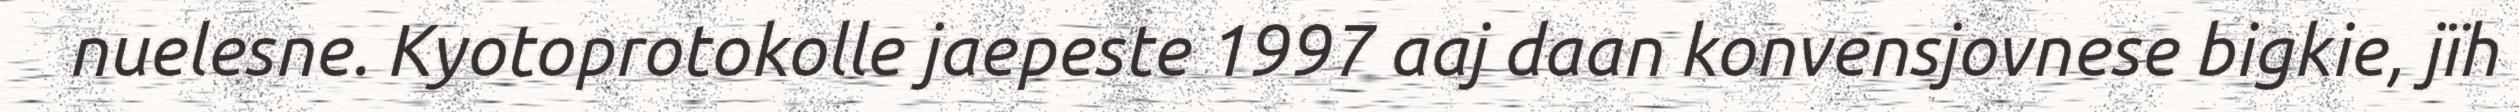
nuelesne. Kyotoprotokolle jaepeste 1997 aaj daan konvensjovnese bigkie, jïh